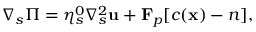
\boldsymbol { \nabla } _ { s } \Pi = \eta _ { s } ^ { 0 } \nabla _ { s } ^ { 2 } \mathbf { u } + \mathbf { F } _ { p } [ c ( \mathbf { x } ) - n ] ,